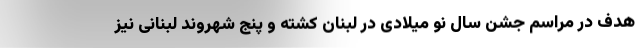
هدف در مراسم جشن سال نو میلادی در لبنان کشته و پنج شهروند لبنانی نیز